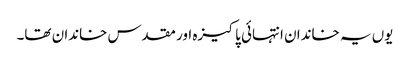
یوں یہ خاندان انتہائی پاکیزہ اور مقدس خاندان تھا۔